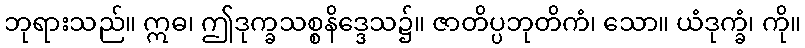
ဘုရားသည်။ ဣဓ၊ ဤဒုက္ခသစ္စနိဒ္ဒေသ၌။ ဇာတိပ္ပဘုတိကံ၊ သော။ ယံဒုက္ခံ၊ ကို။